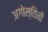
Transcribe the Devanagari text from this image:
अगोस्तिनी